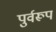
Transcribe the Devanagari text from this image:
पुर्वरूप